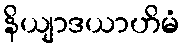
နိယျာဒယာဟိမံ